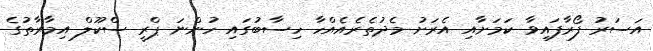
އަސަރު ފޯރާފައިވާ ކަމަށާއި އެރަށު މެދުތެރެއެއްހާ ހިސާބުގައި ހުންނަ ޕްރީ ސްކޫލް އިމާރާތުގެ